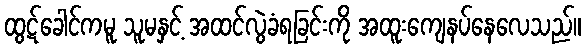
ထွဋ်ခေါင်ကမူ သူမနှင့် အထင်လွဲခံရခြင်းကို အထူးကျေနပ်နေလေသည်။